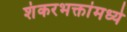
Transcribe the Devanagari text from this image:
शंकरभक्तांमध्ये